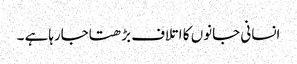
انسانی جانوں کا اتلاف بڑھتاجارہاہے ۔